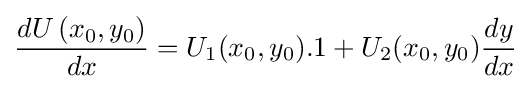
{\frac {dU\left(x_{0},y_{0}\right)}{dx}}=U_{1}(x_{0},y_{0}).1+U_{2}(x_{0},y_{0}){\frac {dy}{dx}}